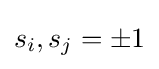
s_{i},s_{j}=\pm 1